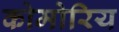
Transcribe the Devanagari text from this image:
कोमोरिय